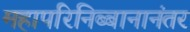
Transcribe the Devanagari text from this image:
महापरिनिब्बानानंतर